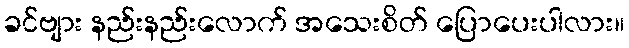
ခင်ဗျား နည်းနည်းလောက် အသေးစိတ် ပြောပေးပါလား။